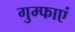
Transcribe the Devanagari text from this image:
गुम्फाएं